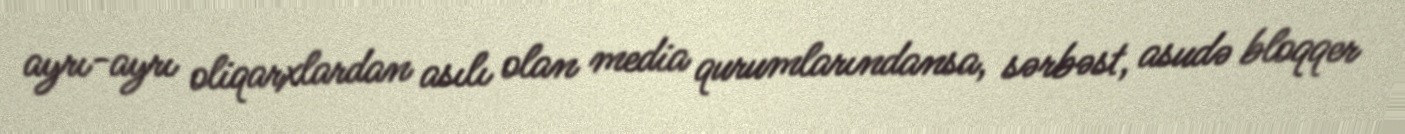
ayrı-ayrı oliqarxlardan asılı olan media qurumlarındansa, sərbəst, asudə bloqqer